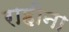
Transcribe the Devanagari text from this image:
राहीना